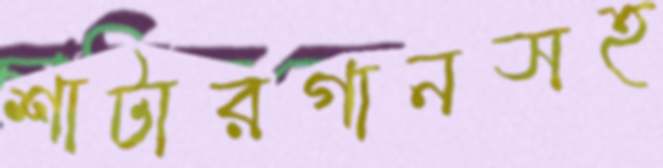
শাটারগানসহ